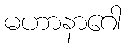
မဟာနာဂေါ